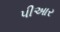
પીઆર